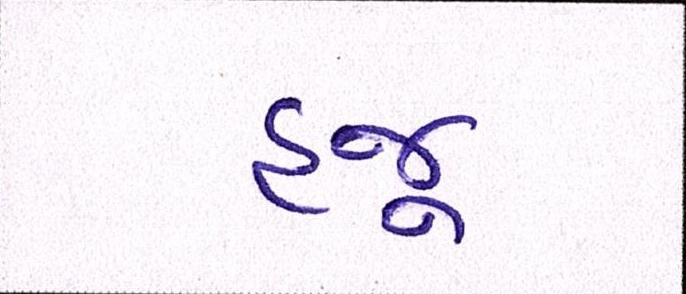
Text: હજૂ